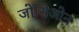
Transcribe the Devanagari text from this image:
जोसिओन